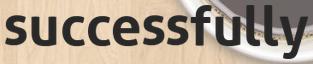
successfully